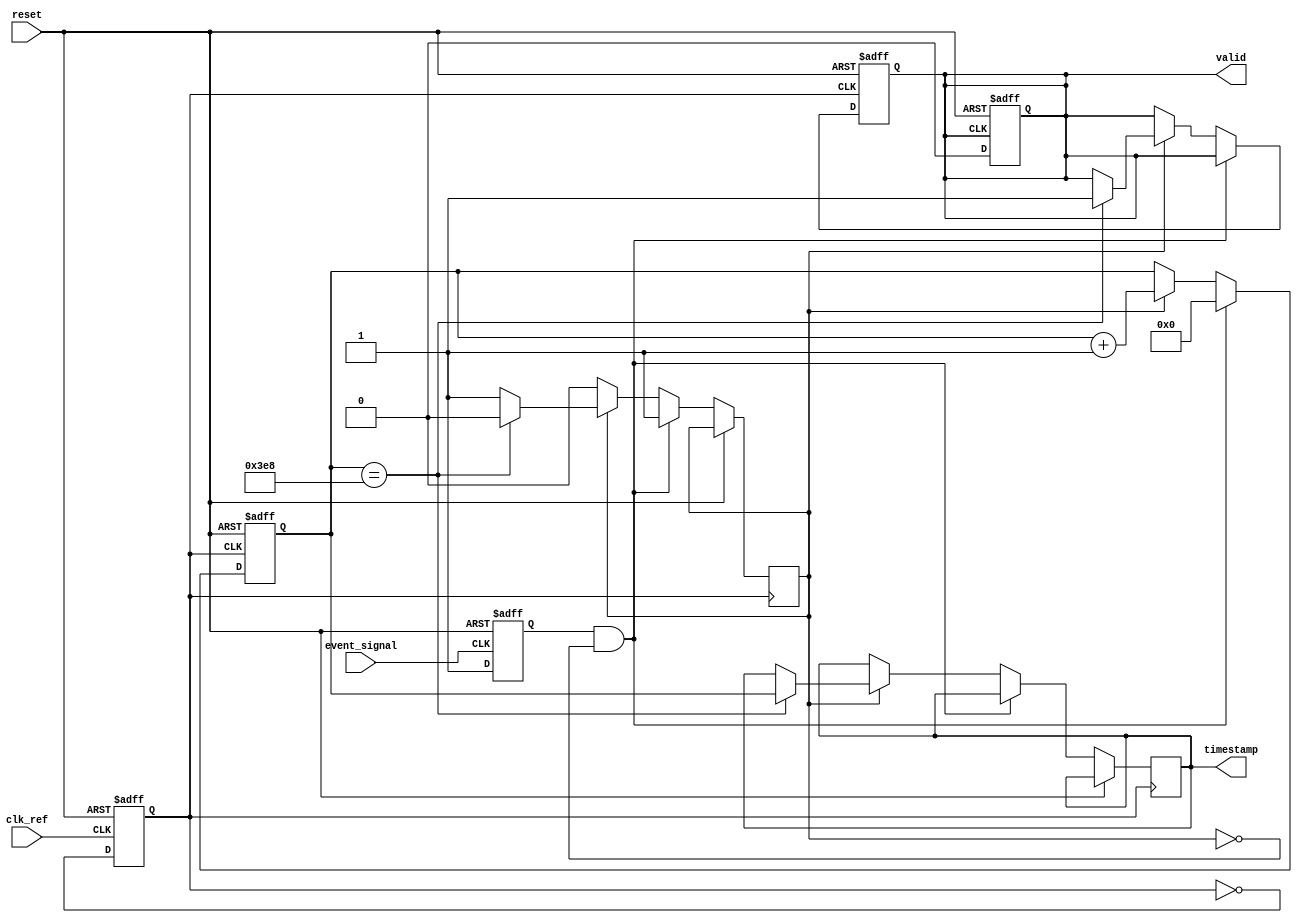
module TDC_PLL (
    input wire clk_ref,          // Reference clock input
    input wire event_signal,     // Input event signal
    input wire reset,            // Asynchronous reset
    output reg [15:0] timestamp, // Timestamp output (16-bit)
    output reg valid             // Valid signal for timestamp output
);

    // Parameters
    parameter COUNTER_WIDTH = 16; // Width of the counter
    parameter PLL_FREQ = 100;      // PLL output frequency in MHz

    // Internal signals
    reg [COUNTER_WIDTH-1:0] counter; // High-frequency counter
    reg pll_clk;                     // PLL output clock
    reg event_detected;              // Event detection flag
    reg event_latched;               // Event latched flag

    // PLL Simulation (for demonstration purposes)
    always @(posedge clk_ref or posedge reset) begin
        if (reset) begin
            pll_clk <= 0;
        end else begin
            // Simulate PLL behavior (toggle output clock)
            pll_clk <= ~pll_clk;
        end
    end

    // Edge detection for the input event signal
    always @(posedge event_signal or posedge reset) begin
        if (reset) begin
            event_detected <= 0;
        end else begin
            event_detected <= 1; // Event detected
        end
    end

    // High-frequency counter
    always @(posedge pll_clk or posedge reset) begin
        if (reset) begin
            counter <= 0;
            valid <= 0;
        end else if (event_detected && !event_latched) begin
            // Start counting on event detection
            counter <= 0; // Reset counter
            event_latched <= 1; // Latch event
        end else if (event_latched) begin
            counter <= counter + 1; // Increment counter
            // Check for the next reference signal (for demo, we assume a fixed duration)
            if (counter == (PLL_FREQ * 10)) begin // Simulate a 10 ms duration
                timestamp <= counter; // Latch timestamp
                valid <= 1; // Indicate valid timestamp
                event_latched <= 0; // Reset event latch
            end
        end
    end

    // Reset valid signal after reading
    always @(posedge reset or posedge valid) begin
        if (reset) begin
            valid <= 0;
        end else if (valid) begin
            valid <= 0; // Clear valid signal after reading
        end
    end

endmodule